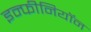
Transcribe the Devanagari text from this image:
इन्फीनियॉन